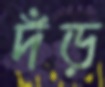
দঁড়